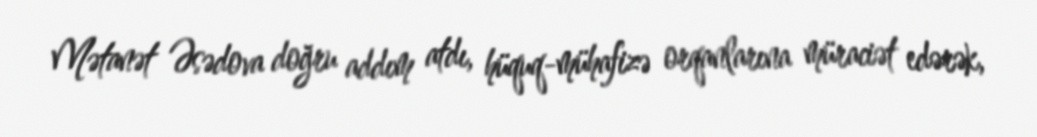
Mətanət Əsədova doğru addım atdı, hüquq-mühafizə orqanlarına müraciət edərək,